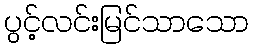
ပွင့်လင်းမြင်သာသော